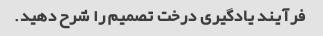
فرآیند یادگیری درخت تصمیم را شرح دهید.